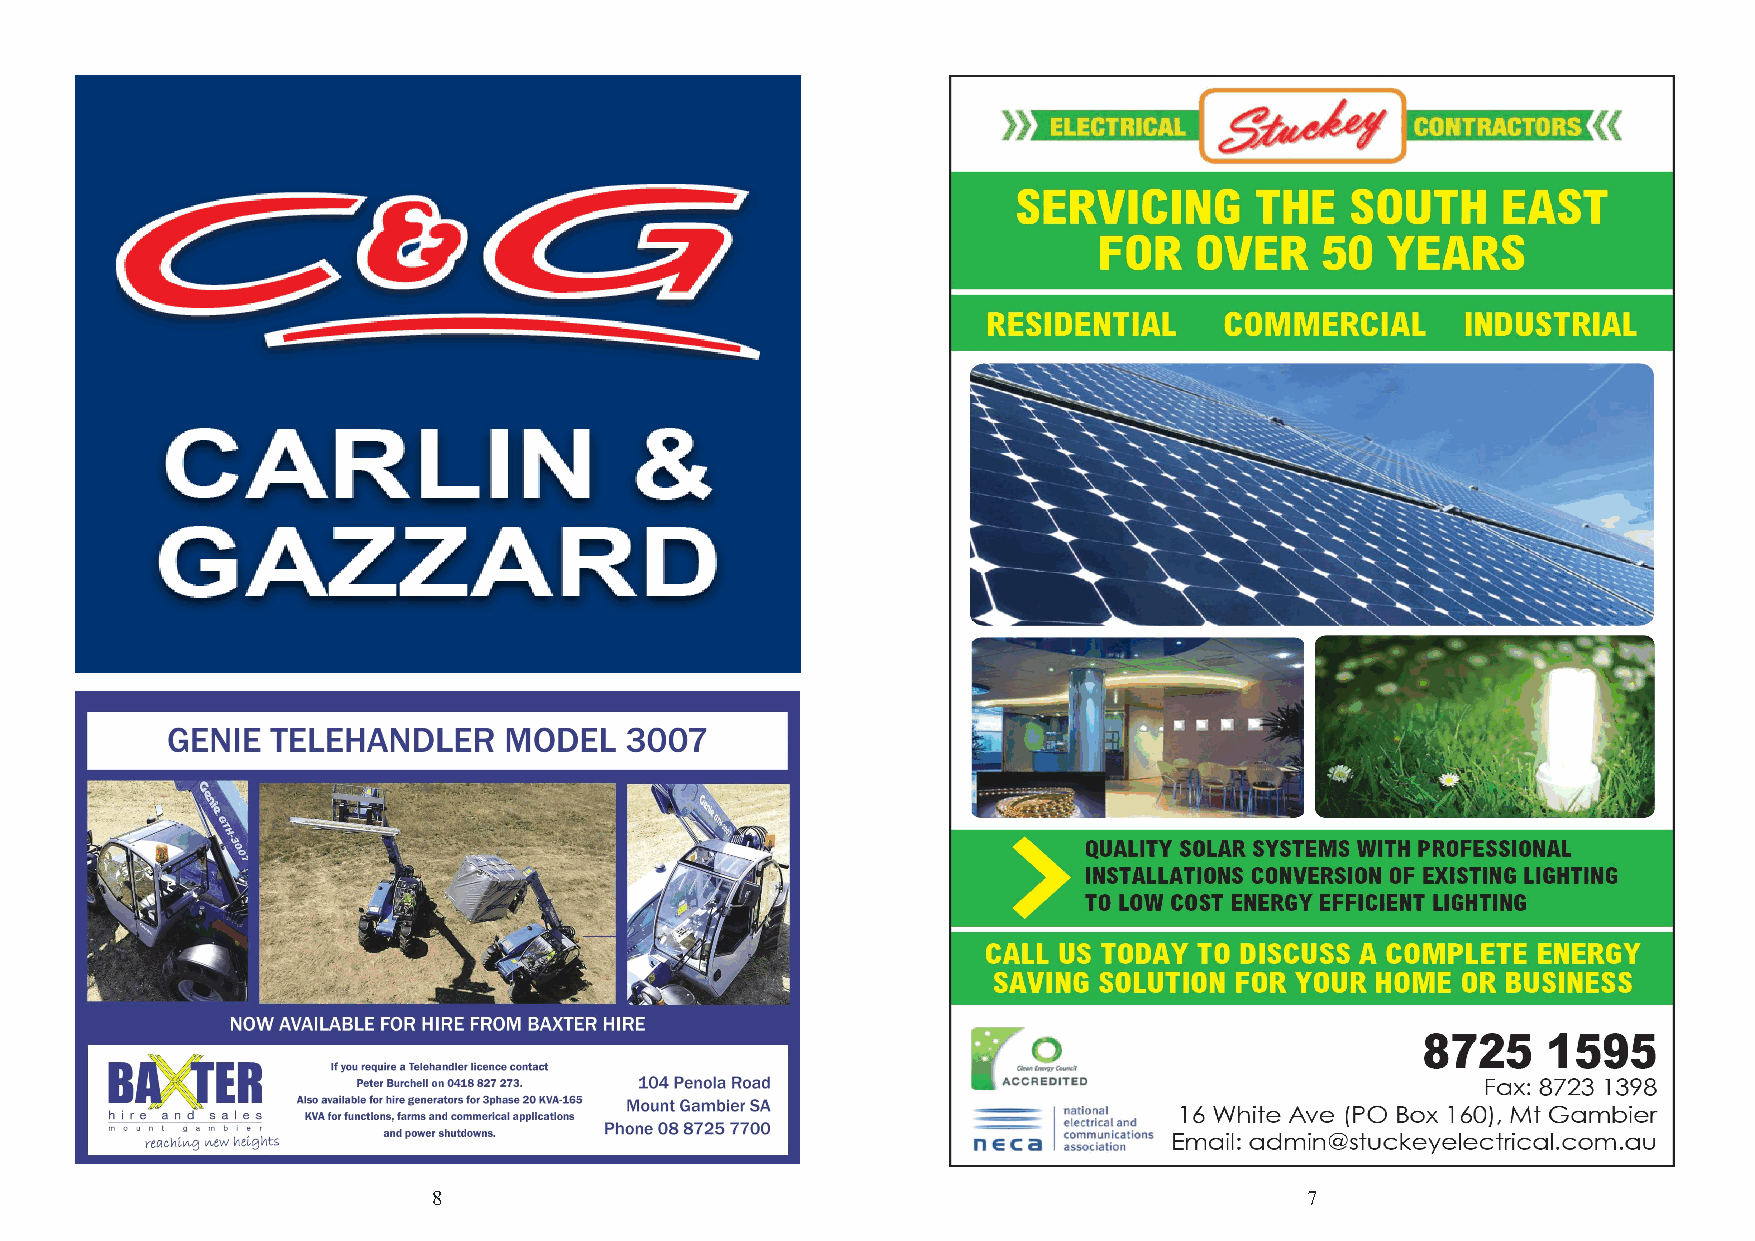
8                                                        7